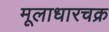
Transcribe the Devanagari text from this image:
मूलाधारचक्र